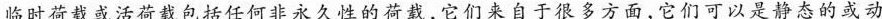
临时荷载或活荷载包括任何非永久性的荷载，它们来自于很多方面，它们可以是静态的或动